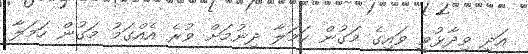
އަދި ވިދާޅުވީ ވައިގެ މަގުން ހަމަލާ ދިނުމަށް ވުރެ އެއްގަމު މަގުން ހަމަލާ